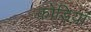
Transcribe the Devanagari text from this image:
कोड़ियां